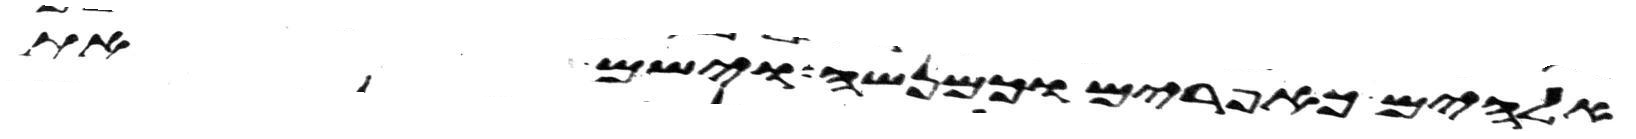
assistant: אלהים כאפרים וכמנשה וישם את